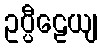
ဥပ္ပီဠေယျ